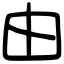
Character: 由